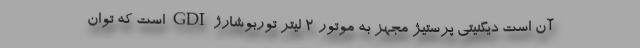
آن است دیگنیتی پرستیژ مجهز به موتور ۲ لیتر توربوشارژ GDI است که توان